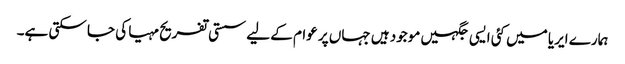
ہمارے ایریا میں کئی ایسی جگہیں موجود ہیں جہاں پر عوام کے لیے سستی تفریح مہیا کی جا سکتی ہے۔